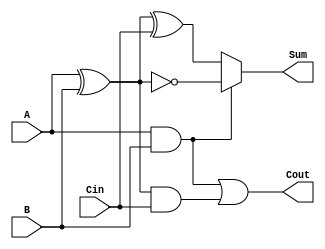
module ConditionalSumFullAdder(
    input wire A,     // First significant bit
    input wire B,     // Second significant bit
    input wire Cin,   // Carry input from the previous less significant stage
    output wire Sum,  // Resulting sum of the inputs
    output wire Cout  // Resulting carry output
);

// Internal wires for carry generation
wire C1; // Carry from A and B
wire C2; // Carry from A XOR B and Cin
wire sum_if_carry; // Sum if C1 is true
wire sum_if_no_carry; // Sum if C1 is false

// Carry generation
assign C1 = A & B;                      // C1: Carry generated if both A and B are 1
assign C2 = (A ^ B) & Cin;              // C2: Carry generated if A XOR B is true and Cin is 1
assign Cout = C1 | C2;                  // Overall carry out

// Sum calculation based on conditional logic
assign sum_if_carry = ~(A ^ B);        // Sum when C1 is true (A XNOR B)
assign sum_if_no_carry = A ^ B ^ Cin;  // Sum when C1 is false

// Conditional sum output based on C1
assign Sum = C1 ? sum_if_carry : sum_if_no_carry;

endmodule